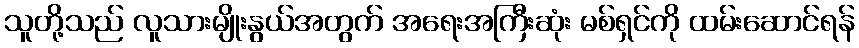
သူတို့သည် လူသားမျိုးနွယ်အတွက် အရေးအကြီးဆုံး မစ်ရှင်ကို ထမ်းဆောင်ရန်